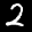
Label: 2